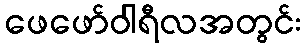
ဖေဖော်ဝါရီလအတွင်း